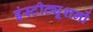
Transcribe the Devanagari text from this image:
इंस्टीट्यूशनों